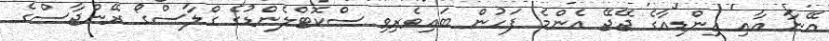
އޭނާ އާއި އިންޑިއާގެ ޖޭޖޭ އެންމެ ފަހުން ބައިވެރިވި ސްކޮޓްލެންޑުގެ ގްލާސްގޯ ރޭންޖާސްގެ